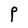
Character: P